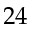
2 4